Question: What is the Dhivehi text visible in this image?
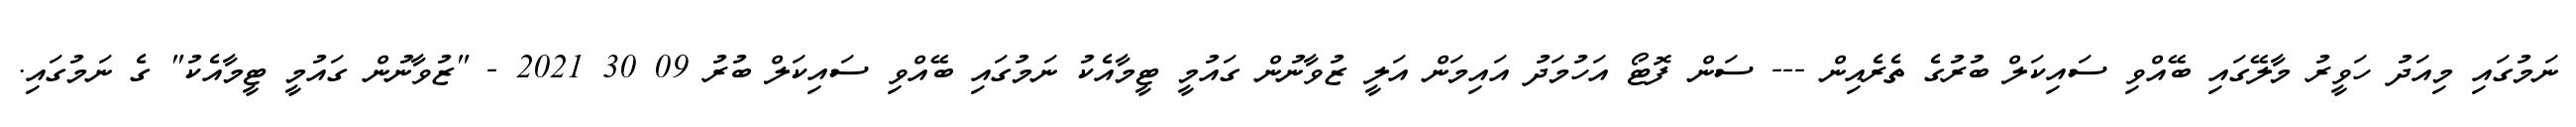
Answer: ނަމުގައި މިއަދު ހަވީރު މާލޭގައި ބޭއްވި ސައިކަލް ބުރުގެ ތެރެއިން --- ސަން ފޮޓޯ އަހުމަދު އައިމަން އަލީ ޒުވާނުން ގައުމީ ޓީމާއެކު ނަމުގައި ބޭއްވި ސައިކަލް ބުރު 09 30 2021 - "ޒުވާނުން ގައުމީ ޓީމާއެކު" ގެ ނަމުގައި.